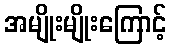
အမျိုးမျိုးကြောင့်